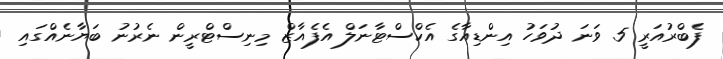
ފެބްރުއަރީ 5 ވަނަ ދުވަހު އިންޑިއާގެ އެކްސްޓާނަލް އެފެއާޒް މިނިސްޓްރީން ނެރުނު ބަޔާނެއްގައި